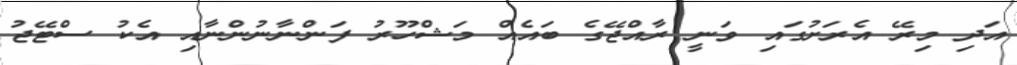
އަދި މިރޭ އެރަށުގައި ވަނީ ރާއްޖޭގެ ބައެއް މަޝްހޫރު ފަންނާނުންނާއި އެކު ސްޓޭޖު